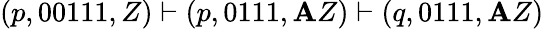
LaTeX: (p,00111,Z)\vdash(p,0111,\mathbf{A}Z)\vdash(q,0111,\mathbf{A}Z)